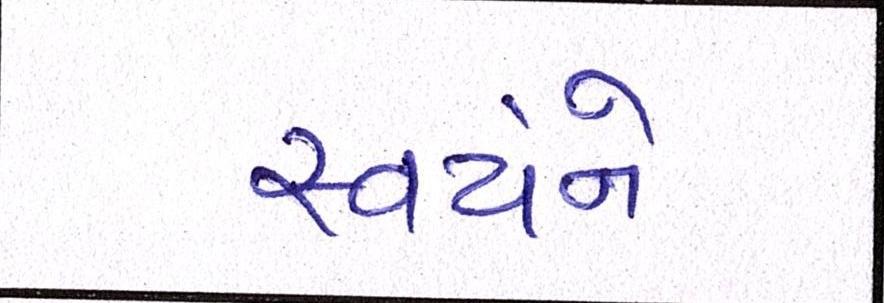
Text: સ્વયંને